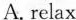
A. relax